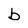
Character: b